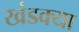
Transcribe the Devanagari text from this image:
खंडक्या